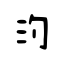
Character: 汋